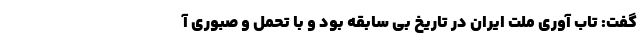
گفت: تاب آوری ملت ایران در تاریخ بی سابقه بود و با تحمل و صبوری آ